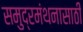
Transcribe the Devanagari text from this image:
समुद्रमंथनासाठी